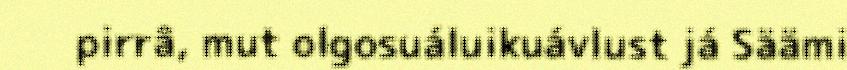
pirrâ, mut olgosuáluikuávlust já Säämi